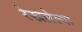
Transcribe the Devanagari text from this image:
रेखलेल्या